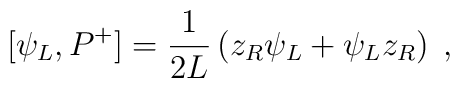
[\psi_L,P^+] = {1\over2L}\left(z_R\psi_L + \psi_L z_R\right)\; ,